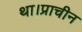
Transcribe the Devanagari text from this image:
था।प्राचीन